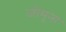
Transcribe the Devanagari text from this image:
जोमुना